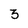
Character: 3